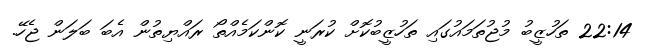
22:14 ތަހުޒީބު މުޖުތަމައުގައި ތަހުޒީބުކޮށް ކުރަނީ ކޮންކަމެއްތޯ ރައްޔިތުން އެބަ ބަލަން ޖެހޭ.